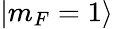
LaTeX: |m_{F}=1\rangle